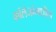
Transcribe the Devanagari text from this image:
कॉलेजांमधील